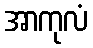
အာကုလံ